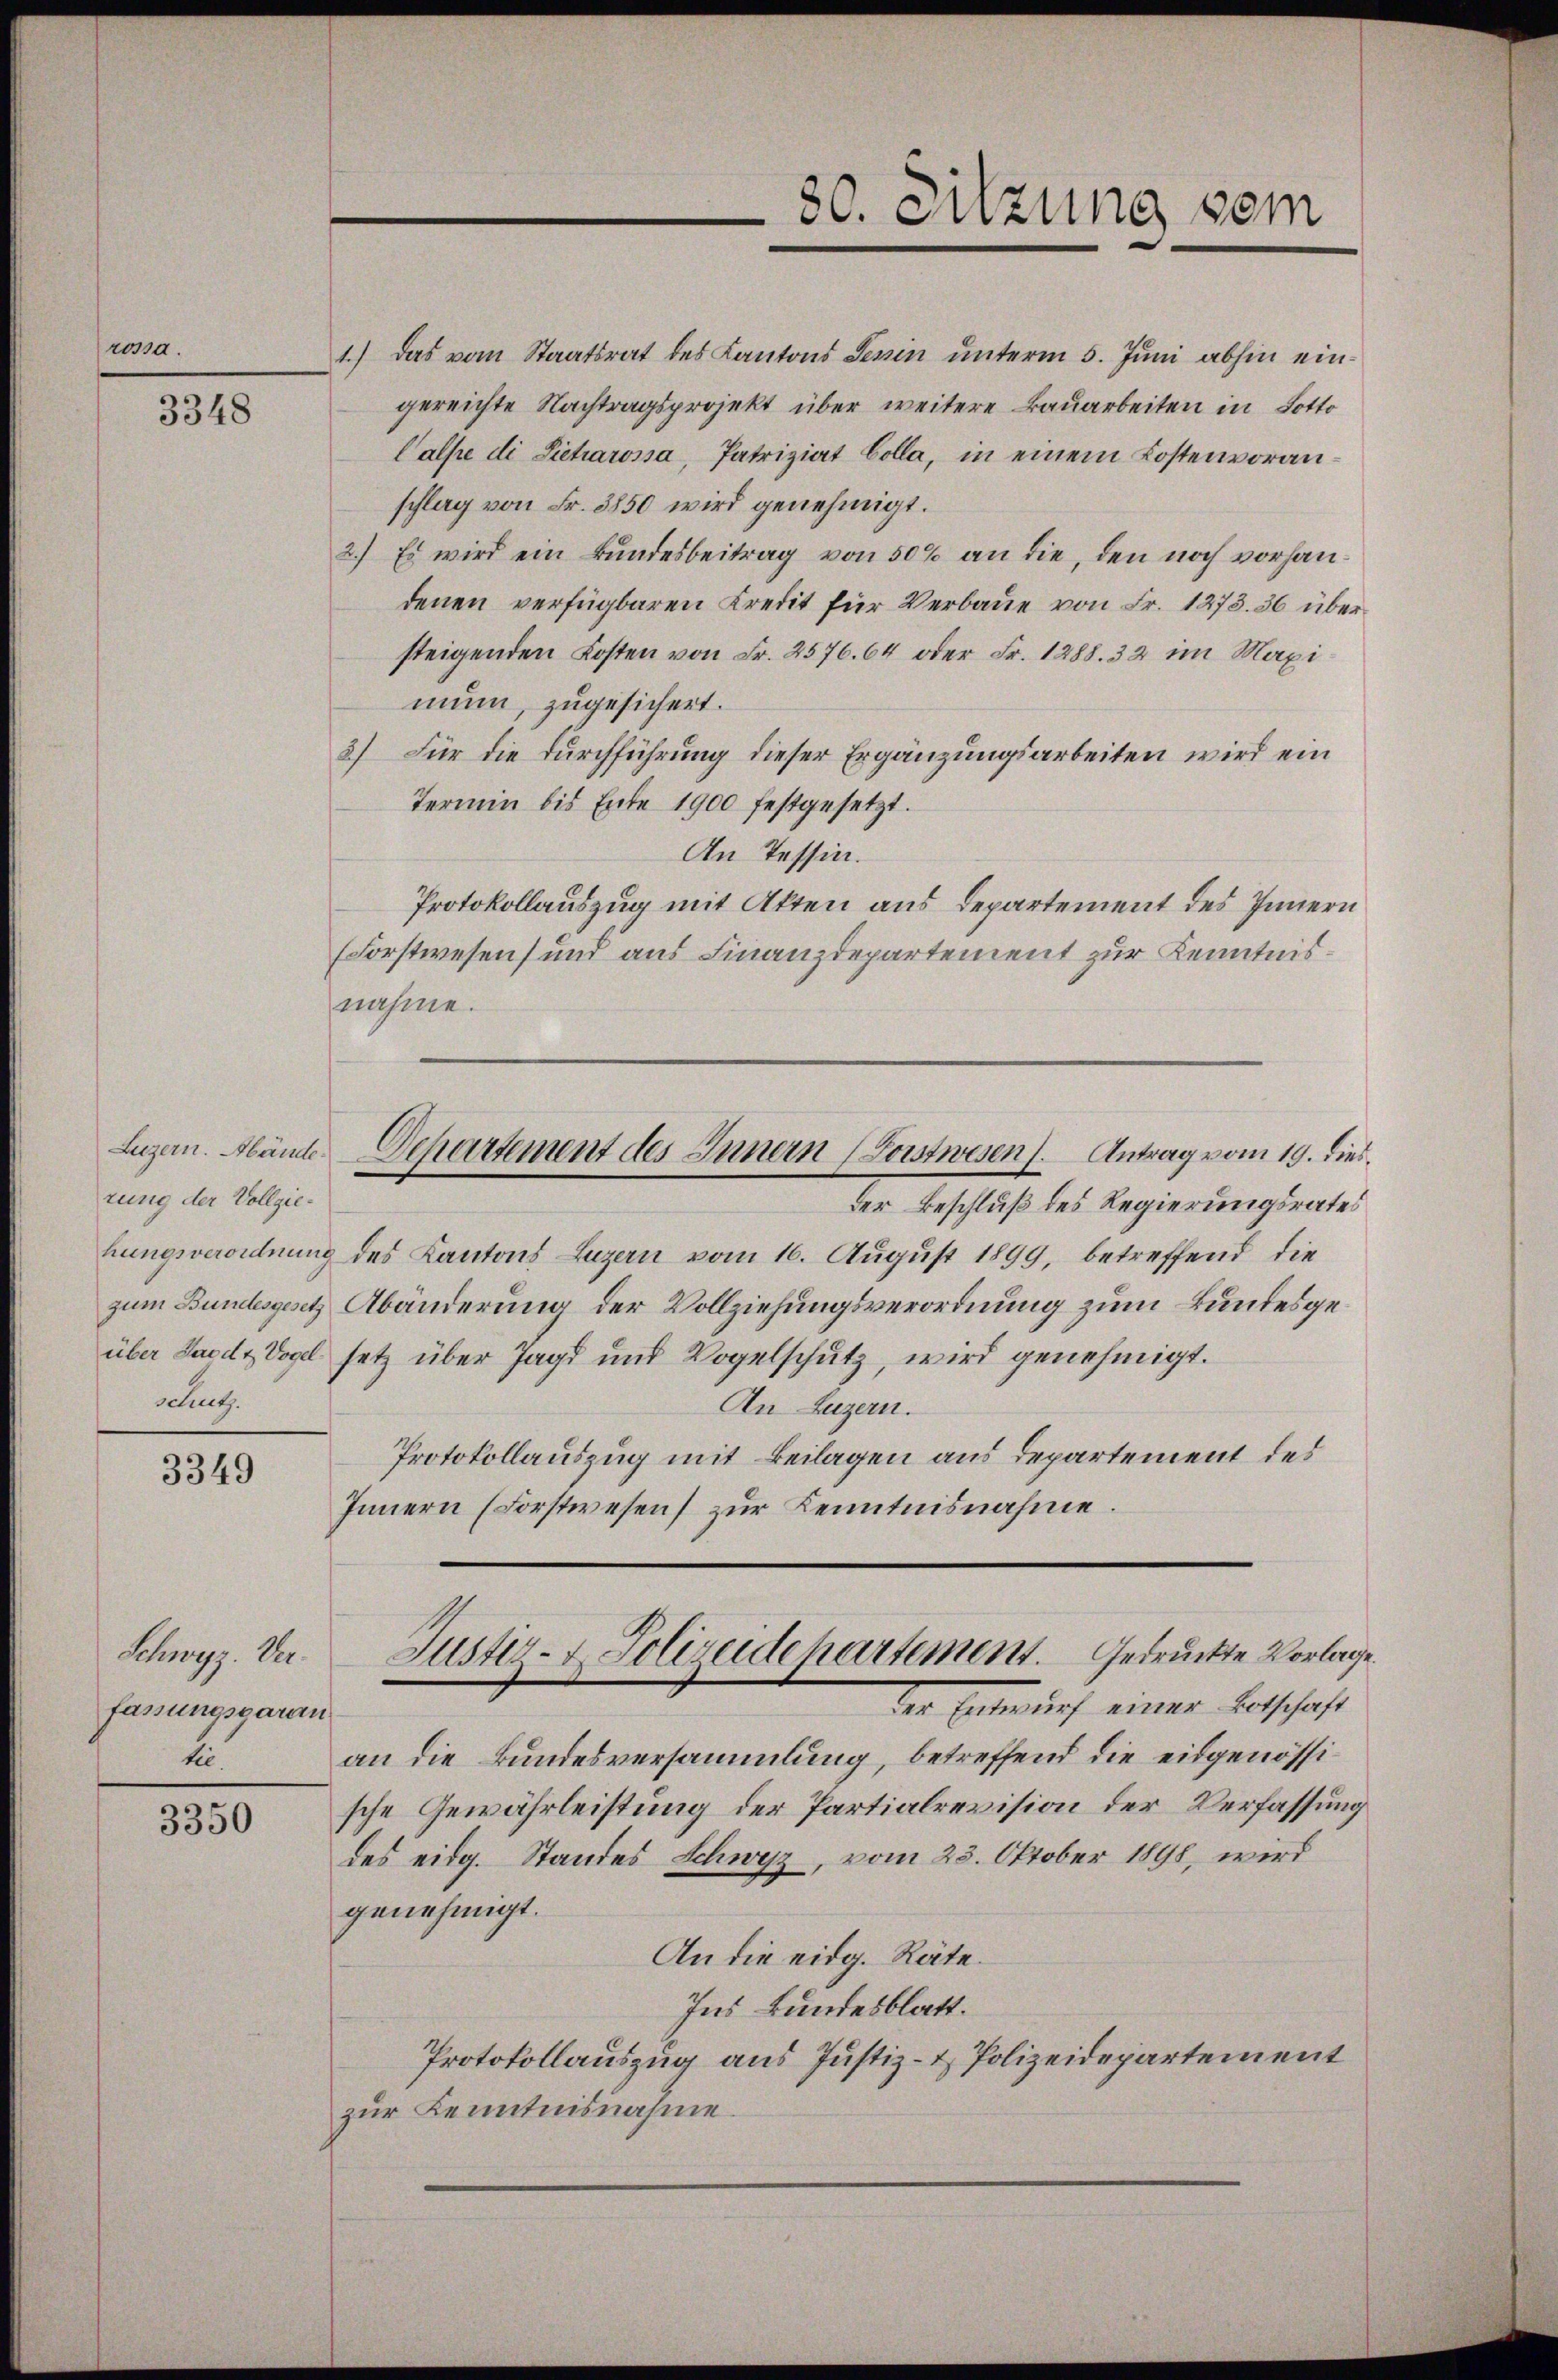
rossa.

3348

Luzern. Abänd
rung der Vollgie.
hungsverordnen
zum Bundesgese
über Jagdt Voge
Schutz

3349

Schwyz. Verfassungsgaran
tii

3350

1.) Das vom Staatsrat des Kantons Senin unterm 5. Juni abhin eingereichte Nachtragsprojekt über weitere Bauarbeiten in Lotto
Calpe di Sietrarossa, Patriziat Colla, in einem Kostenvoranschlag von Fr. 3850 wird genehmigt.
2.) Es wird ein Bundesbeitrag von 50% an die, den noch vorhandenen verfügbaren Kredit für Verbaue von Fr. 1273. 36 über
steigenden Kosten von Fr. 2576. 64 oder Fr. 1288. 32 im Maxi
mun, zugesichert.
3.) Für die Durchführung dieser Ergänzungsarbeiten wird ein
Termin bis Ente 1900 festgesetzt.
An Tessin.
Protokollauszug mit Akten aus Departement des Innern
(Forstwesen und aus Finanzdepartement zur Kenntnisnahme.
Der Beschluß des Regierungsrates
 des Kantons Luzern vom 16. August 1899, betreffend die
Abänderung der Vollziehungsverordnung zum Bundesgesetz über Jagd und Vogelschutz, wird genehmigt.
An Luzern.
Protokollauszug mit Beilagen aus Departement des
Innern (Forstwesen) zur Kenntnisnahme.
Justiz- & Polizeide hartement. Gedruckte Vorlage.
der Entwurf einer Betschaft
an die Bundesversammlung, betreffend die eidgenössische Gewährleistung der Partialrevision der Verfassung
des eidg. Standes Schweiz, vom 23. Oktober 1898, wird
genehmigt.
An die eidg. Räte.
Ins Landesblatt.
Protokollauszug aus Justiz- & Polizeidepartement
zur Kenntnisnahme.

Departement des Innern (Lorstwesen Antrag vom 19. dies

30. Sitzung vom